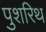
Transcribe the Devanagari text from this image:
पुशरिथ